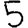
Digit: 5